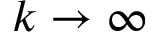
k \to \infty